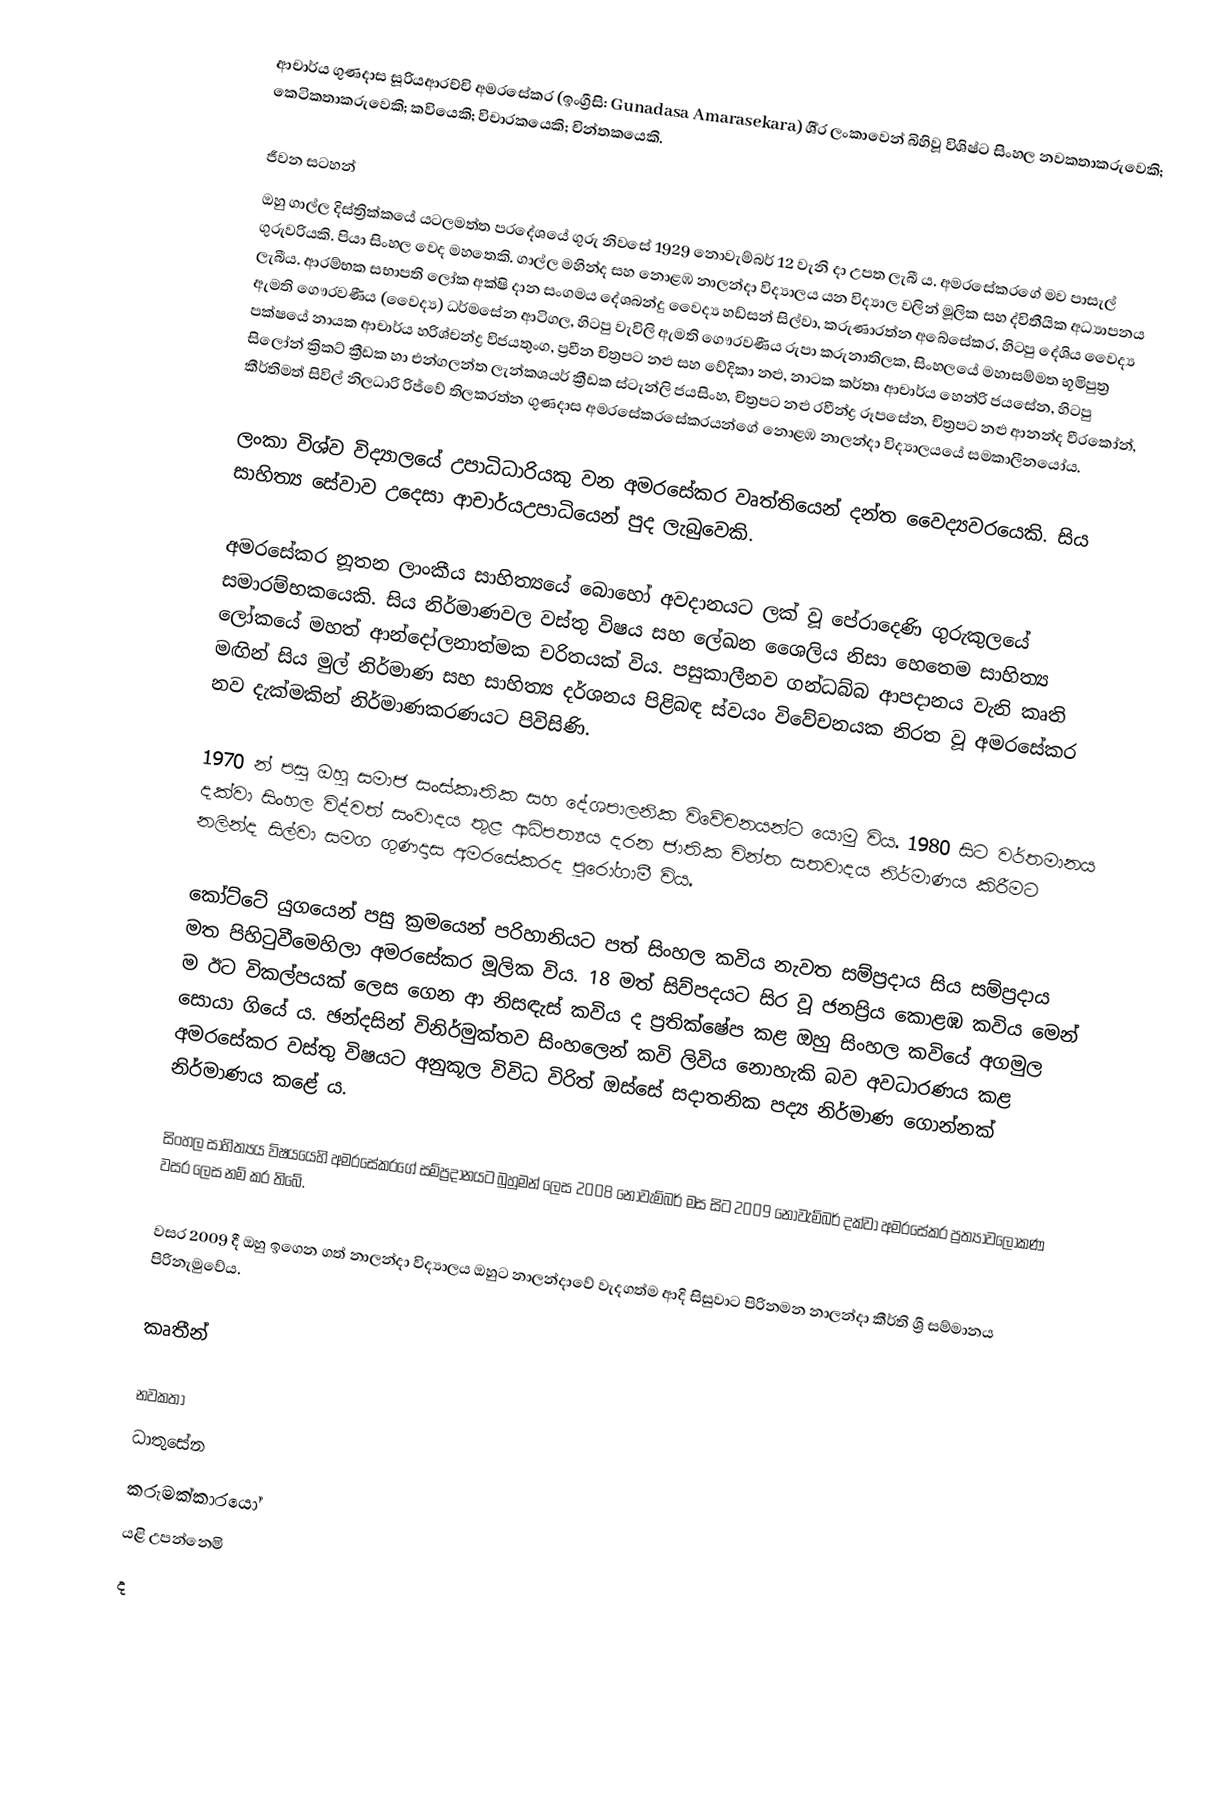
ආචාර්ය ගුණදාස සූරියආරච්චි අමරසේකර (ඉංග්‍රීසි: Gunadasa Amarasekara) ශී‍්‍ර ලංකාවෙන් බිහිවූ විශිෂ්ට සිංහල නවකතාකරුවෙකි; කෙටිකතාකරුවෙකි; කවියෙකි; විචාරකයෙකි; චින්තකයෙකි.

ජීවන සටහන්
ඔහු ගාල්ල දිස්ත්‍රික්කයේ  යටලමත්ත ප‍්‍රදේශයේ ගුරු නිවසේ 1929  නොවැම්බර් 12 වැනි දා උපත ලැබී ය. අමරසේකරගේ මව පාසැල් ගුරුවරියකි. පියා සිංහල වෙද මහතෙකි. ගාල්ල මහින්ද සහ නොළඹ නාලන්දා විද්‍යාලය යන විද්‍යාල වලින් මූලික සහ ද්විතීයික අධ්‍යාපනය ලැබීය. ආරම්භක සභාපති ලෝක අක්ෂි දාන සංගමය දේශබන්දු වෛද්‍ය හඩ්සන් සිල්වා, කරුණාරත්න අබේසේකර, හිටපු දේශිය වෛද්‍ය ඇමති ගෞරවණීය (වෛද්‍ය) ධර්මසේන ආටිගල, හිටපු වැවිලි ඇමති ගෞරවණීය රුපා කරුනාතිලක, සිංහලයේ මහාසම්මත භූමිපුත්‍ර පක්ෂයේ නායක ආචාර්ය හරිශ්චන්ද්‍ර විජයතුංග, ප්‍රවීන චිත්‍රපට නළු සහ වේදිකා නළු, නාටක කර්තෘ ආචාර්ය හෙන්රි ජයසේන, හිටපු සිලෝන් ක්‍රිකට් ක්‍රීඩක හා එන්ගලන්ත ලැන්කශයර් ක්‍රීඩක ස්ටැන්ලි ජයසිංහ,  චිත්‍රපට නළු රවීන්ද්‍ර රූපසේන,  චිත්‍රපට නළු ආනන්ද වීරකෝන්, කීර්තිමත් සිවිල් නිලධාරි රිජ්වේ තිලකරත්න  ගුණදාස අමරසේකරසේකරයන්ගේ නොළඹ නාලන්දා විද්‍යාලයයේ සමකාලීනයෝය.

ලංකා විශ්ව විද්‍යාලයේ උපාධිධාරියකු වන අමරසේකර වෘත්තියෙන් දන්ත වෛද්‍යවරයෙකි. සිය සාහිත්‍ය සේවාව උදෙසා ආචාර්යඋපාධියෙන් පුද ලැබුවෙකි.

අමරසේකර නූතන ලාංකීය සාහිත්‍යයේ බොහෝ අවදානයට ලක් වූ පේරාදෙණි ගුරුකුලයේ සමාරම්භකයෙකි. සිය නිර්මාණවල වස්තු විෂය සහ ලේඛන ශෛලිය නිසා හෙතෙම සාහිත්‍ය ලෝකයේ මහත් ආන්දෝලනාත්මක චරිතයක් විය. පසුකාලීනව ගන්ධබ්බ ආපදානය වැනි කෘති මඟින් සිය මුල් නිර්මාණ සහ සාහිත්‍ය දර්ශනය පිළිබඳ ස්වයං විවේචනයක නිරත වූ අමරසේකර නව දැක්මකින් නිර්මාණකරණයට පිවිසිණි.

1970 න් පසු ඔහු සමාජ සංස්කෘතික සහ දේශපාලනික විවේචනයන්ට යොමු විය. 1980 සිට වර්තමානය දක්වා සිංහල විද්වත් සංවාදය තුළ ආධිපත්‍යය දරන ජාතික චින්ත සතවාදය නිර්මාණය කිරීමට නලින්ද සිල්වා සමග ගුණදාස අමරසේකරද පුරෝගාමී විය.

කෝට්ටේ යුගයෙන් පසු ක්‍රමයෙන් පරිහානියට පත් සිංහල කවිය නැවත සම්ප්‍රදාය සිය සම්ප්‍රදාය මත පිහිටුවීමෙහිලා අමරසේකර මූලික විය. 18 මත් සිව්පදයට සිර වූ ජනප්‍රිය කොළඹ කවිය මෙන් ම ඊට විකල්පයක් ලෙස ගෙන ආ නිසඳැස් කවිය ද ප්‍රතික්ෂේප කළ ඔහු සිංහල කවියේ අගමුල සොයා ගියේ ය. ඡන්දසින් විනිර්මුක්තව සිංහලෙන් කවි ලිවිය නොහැකි බව අවධාරණය කළ අමරසේකර වස්තු විෂයට අනුකූල විවිධ විරිත් ඔස්සේ සදාතනික පද්‍ය නිර්මාණ ගොන්නක් නිර්මාණය කළේ ය.

සිංහල සාහිත්‍යය විෂයයෙහි අමරසේකරගේ සම්ප්‍රදානයට බුහුමන් ලෙස 2008 නොවැම්බර් මස සිට 2009 නොවැම්බර් දක්වා අමරසේකර ප්‍රත්‍යාවලෝකණ වසර ලෙස නම් කර තිබේ.

වසර 2009 දී ඔහු ඉගෙන ගත් නාලන්දා විද්‍යාලය ඔහුට නාලන්දාවේ වැදගත්ම ආදි සිසුවාට පිරිනමන නාලන්දා කීර්ති ශ්‍රී සම්මානය පිරිනැමුවේය.

කෘතීන්

නවකතා
ධාතුසේන
කරුමක්කාරයෝ
යළි උපන්නෙමි
ද